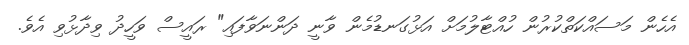
އެހެން މަސައްކަތްކުރުން ހުއްޓާލުމަށް އަޅުގަނޑުމެން ވާނީ ދަންނަވާފައި" ރައީސް ވަހީދު ވިދާޅުވި އެވެ.